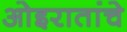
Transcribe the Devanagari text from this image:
ओइरातांचे